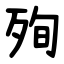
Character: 殉